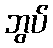
ဘွပ်